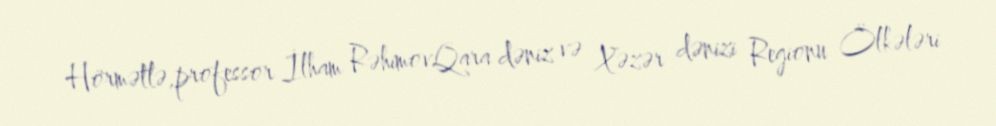
Hörmətlə,professor İlham RəhimovQara dəniz və Xəzər dənizi Regionu Ölkələri